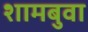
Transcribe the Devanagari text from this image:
शामबुवा